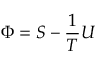
\Phi = S - { \frac { 1 } { T } } U